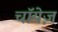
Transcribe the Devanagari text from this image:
चॉयेज़